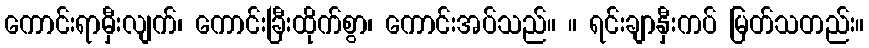
ကောင်းရာမှီးလျက်၊ ကောင်းခြီးထိုက်စွာ၊ ကောင်းအပ်သည်။ ။ ရင်းချာနှီးကပ် မြတ်သတည်း။